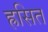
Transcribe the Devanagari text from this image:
ह्रसित